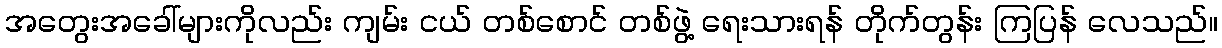
အတွေးအခေါ်များကိုလည်း ကျမ်း ငယ် တစ်စောင် တစ်ဖွဲ့ ရေးသားရန် တိုက်တွန်း ကြပြန် လေသည်။